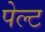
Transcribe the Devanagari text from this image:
पेल्ट